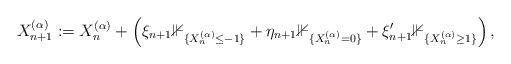
LaTeX: \begin{align*} X_{n+1}^{(\alpha)}:=X_n^{(\alpha)}+ \left(\xi_{n+1}\mathbb 1_{\{X_n^{(\alpha)} \leq -1\}} + \eta_{n+1}\mathbb 1_{\{X_n^{(\alpha)}=0\}} + \xi_{n+1}'\mathbb 1_{\{X_n^{(\alpha)} \geq 1\}} \right), \end{align*}